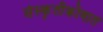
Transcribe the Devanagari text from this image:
संस्कृतीकोषात